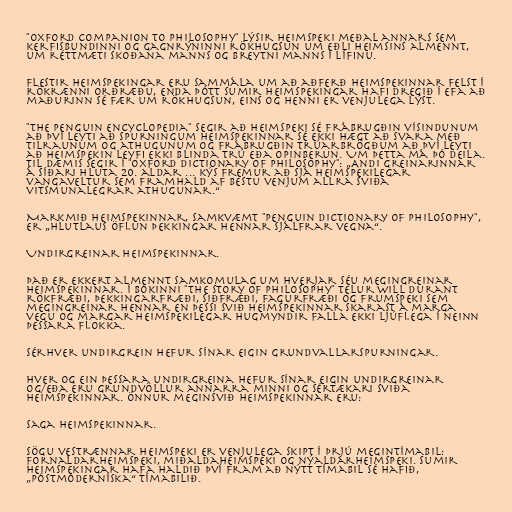
"Oxford Companion to Philosophy" lýsir heimspeki meðal annars sem
kerfisbundinni og gagnrýninni rökhugsun um eðli heimsins almennt,
um réttmæti skoðana manns og breytni manns í lífinu.

Flestir heimspekingar eru sammála um að aðferð heimspekinnar felst í
rökrænni orðræðu, enda þótt sumir heimspekingar hafi dregið í efa að
maðurinn sé fær um rökhugsun, eins og henni er venjulega lýst.

"The Penguin Encyclopedia" segir að heimspeki sé frábrugðin vísindunum
að því leyti að spurningum heimspekinnar sé ekki hægt að svara með
tilraunum og athugunum og frábrugðin trúarbrögðum að því leyti
að heimspekin leyfi ekki blinda trú eða opinberun. Um þetta má þó deila.
Til dæmis segir í "Oxford Dictionary of Philosophy": „Andi greinarinnar
á síðari hluta 20. aldar ... kýs fremur að sjá heimspekilegar
vangaveltur sem framhald af bestu venjum allra sviða
vitsmunalegrar athugunar.“

Markmið heimspekinnar, samkvæmt "Penguin Dictionary of Philosophy",
er „hlutlaus öflun þekkingar hennar sjálfrar vegna“.

Undirgreinar heimspekinnar.

Það er ekkert almennt samkomulag um hverjar séu megingreinar
heimspekinnar. Í bókinni "The Story of Philosophy" telur Will Durant
rökfræði, þekkingarfræði, siðfræði, fagurfræði og frumspeki sem
megingreinar hennar en þessi svið heimspekinnar skarast á marga
vegu og margar heimspekilegar hugmyndir falla ekki ljúflega í neinn
þessara flokka.

Sérhver undirgrein hefur sínar eigin grundvallarspurningar.

Hver og ein þessara undirgreina hefur sínar eigin undirgreinar
og/eða eru grundvöllur annarra minni og sértækari sviða
heimspekinnar. Önnur meginsvið heimspekinnar eru:

Saga heimspekinnar.

Sögu vestrænnar heimspeki er venjulega skipt í þrjú megintímabil:
fornaldarheimspeki, miðaldaheimspeki og nýaldarheimspeki. Sumir
heimspekingar hafa haldið því fram að nýtt tímabil sé hafið,
„póstmóderníska“ tímabilið.